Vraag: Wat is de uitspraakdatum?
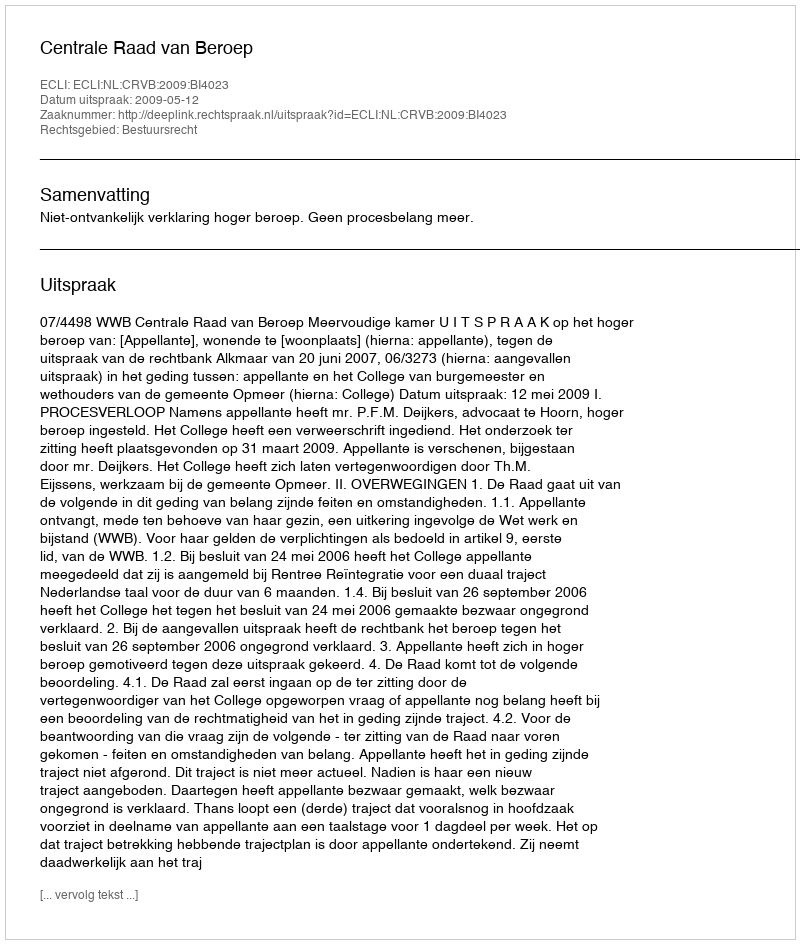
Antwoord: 2009-05-12